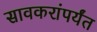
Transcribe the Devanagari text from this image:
सावकरांपर्यंत